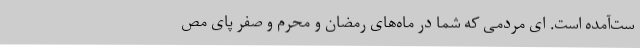
ست‌آمده است. ای مردمی که شما در ماه‌های رمضان و محرم و صفر پای مص